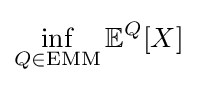
\inf _{Q\in \mathrm {EMM} }\mathbb {E} ^{Q}[X]